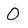
Character: O